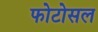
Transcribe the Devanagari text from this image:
फोटोसल